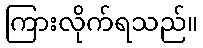
ကြားလိုက်ရသည်။